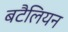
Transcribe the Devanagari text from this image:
बटैलियन